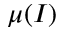
\mu ( I )